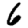
Digit: 6